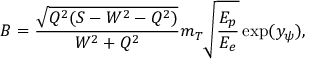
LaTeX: B = \frac { \sqrt { Q ^ { 2 } ( S - W ^ { 2 } - Q ^ { 2 } ) } } { W ^ { 2 } + Q ^ { 2 } } m _ { T } \sqrt \frac { E _ { p } } { E _ { e } } \exp ( y _ { \psi } ) ,